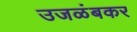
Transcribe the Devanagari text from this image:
उजळंबकर